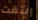
إلتقت